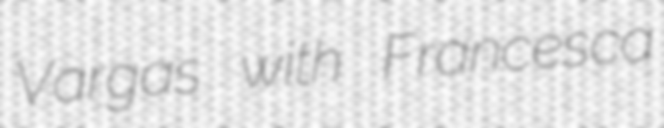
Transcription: Vargas with Francesca